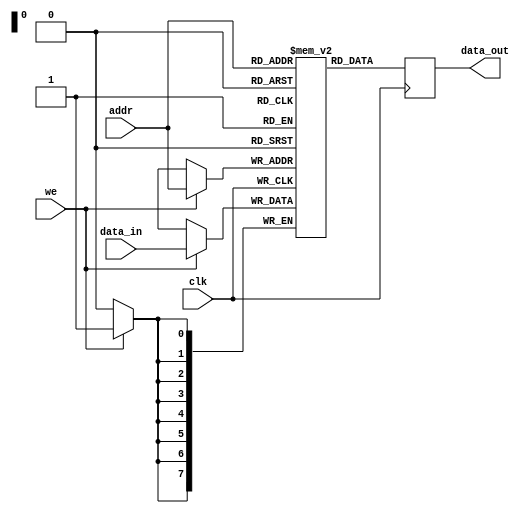
module sram(
    input wire clk,             // Clock input
    input wire we,              // Write enable input
    input wire [7:0] addr,      // Address input
    input wire [7:0] data_in,   // Data input
    output reg [7:0] data_out   // Data output
);

reg [7:0] memory [0:255];      // Array to store memory data

always @(posedge clk) begin
    if(we) begin
        memory[addr] <= data_in;    // Write operation
    end
    data_out <= memory[addr];      // Read operation
end

endmodule